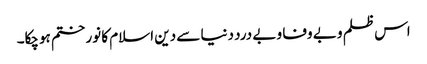
اس ظلم و بے وفا و بے درد دنیا سے دین اسلام کا نور ختم ہوچکا۔